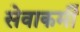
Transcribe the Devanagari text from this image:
सेवाकर्मी